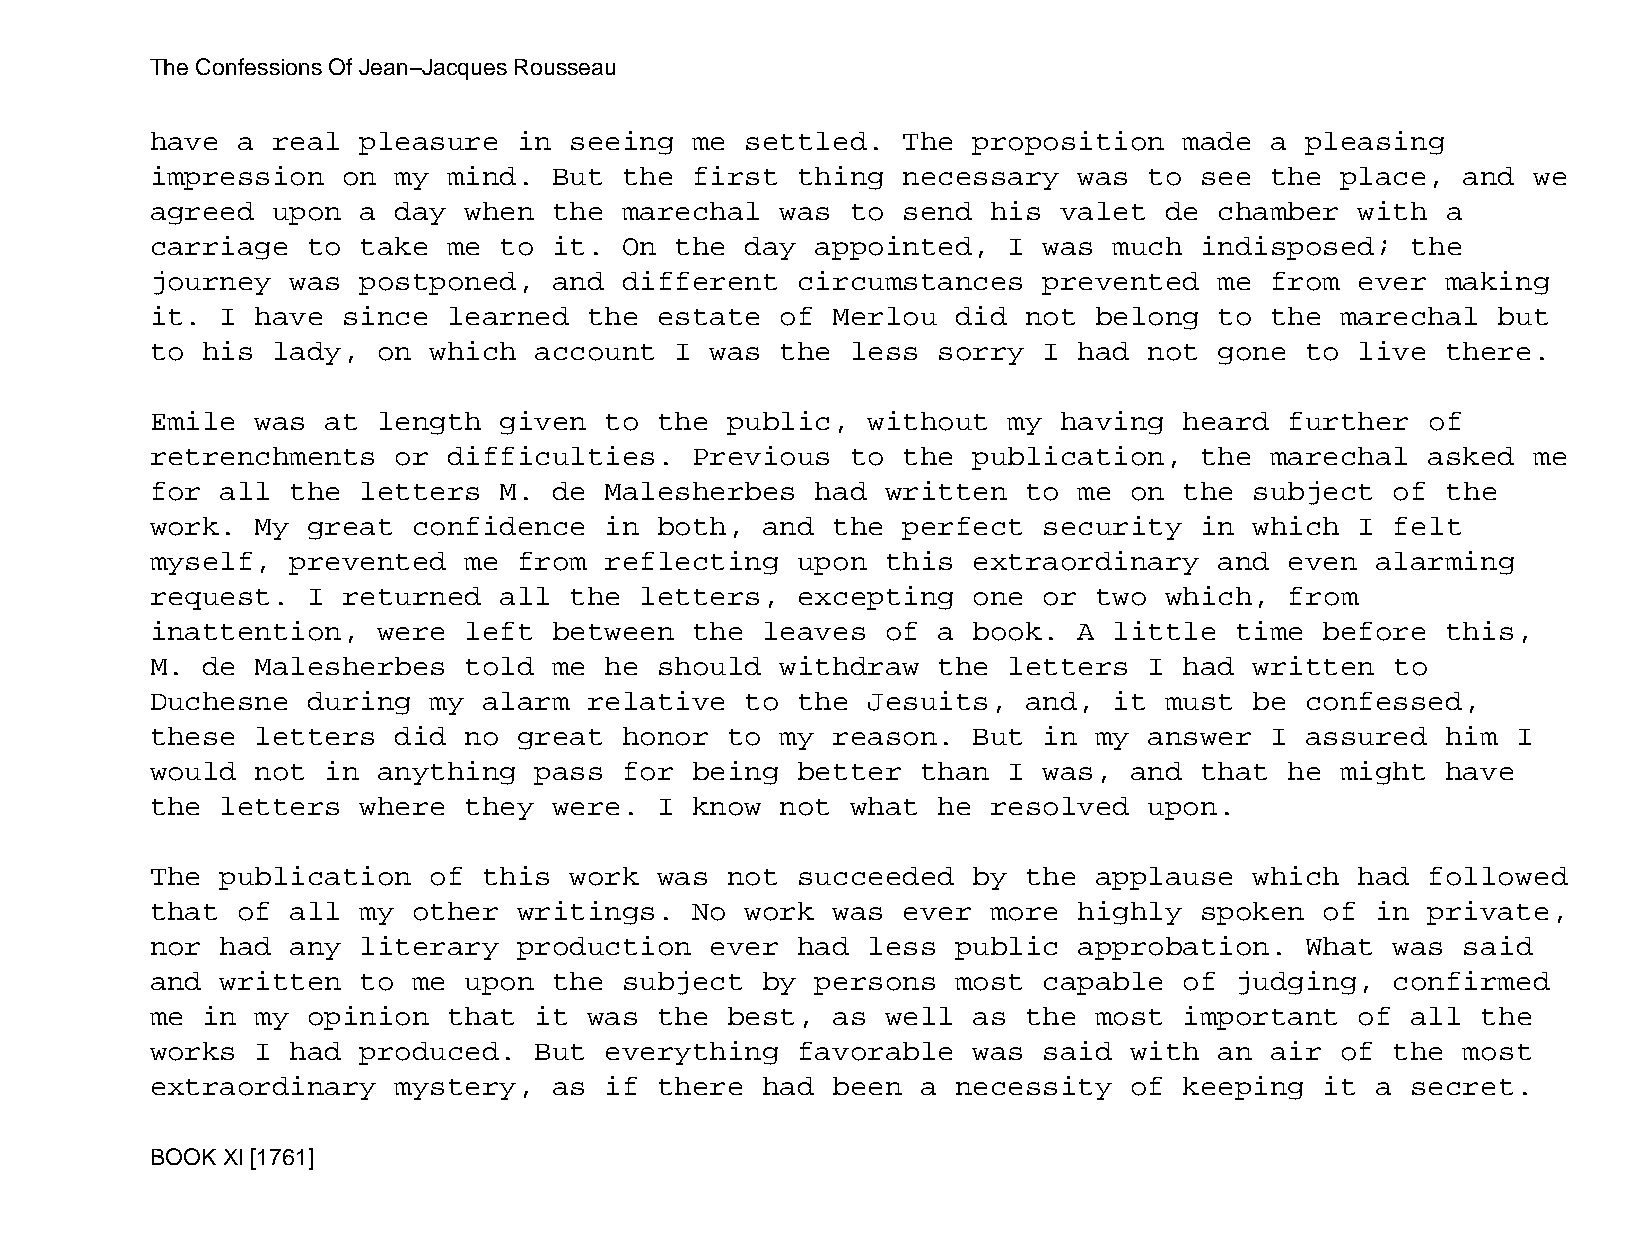
The Confessions Of Jean−Jacques Rousseau
 have  a real  pleasure  in  seeing  me settled.   The proposition   made  a pleasing
 impression   on my  mind.  But the  first  thing  necessary  was  to see  the  place,  and we
 agreed  upon  a day  when  the marechal   was to  send  his valet  de  chamber  with  a
 carriage  to  take  me to  it. On  the day  appointed,   I was  much indisposed;   the
 journey  was  postponed,   and different   circumstances   prevented   me from  ever  making
 it.  I have  since  learned  the  estate  of Merlou  did  not belong   to the  marechal  but
 to his  lady,  on which  account   I was  the less  sorry  I had  not  gone to  live  there.
 Emile  was  at length  given  to  the public,  without   my having  heard  further   of
 retrenchments   or  difficulties.   Previous  to  the publication,   the  marechal   asked me
 for  all the  letters  M.  de Malesherbes   had  written  to me  on the  subject  of  the
 work.  My great  confidence   in  both, and  the  perfect  security  in  which  I felt
 myself,  prevented   me from  reflecting   upon  this extraordinary    and even  alarming
 request.  I  returned  all  the letters,   excepting  one  or two  which,  from
 inattention,   were  left  between  the leaves   of a book.  A  little  time  before  this,
 M. de  Malesherbes   told  me he  should  withdraw  the  letters  I had  written  to
 Duchesne  during  my  alarm  relative  to  the Jesuits,   and,  it must  be confessed,
 these  letters  did  no great  honor  to  my reason.  But  in my  answer  I assured   him I
 would  not  in anything  pass  for  being  better  than  I was,  and that  he  might  have
 the  letters  where  they  were.  I know  not what  he  resolved  upon.
 The  publication  of  this  work  was not  succeeded  by  the applause   which  had  followed
 that  of all  my other  writings.   No work  was  ever  more highly  spoken   of in  private,
 nor  had any  literary  production   ever  had less  public  approbation.   What  was  said
 and  written  to me  upon  the subject  by  persons  most  capable  of  judging,  confirmed
 me in  my opinion   that it  was  the best,  as  well as  the most  important   of all  the
 works  I had  produced.  But  everything   favorable  was  said  with  an air  of the  most
 extraordinary   mystery,   as if  there had  been  a necessity   of keeping   it a secret.
 BOOK XI [1761]